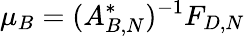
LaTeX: \mu_{B}=(A_{B,N}^{*})^{-1}F_{D,N}